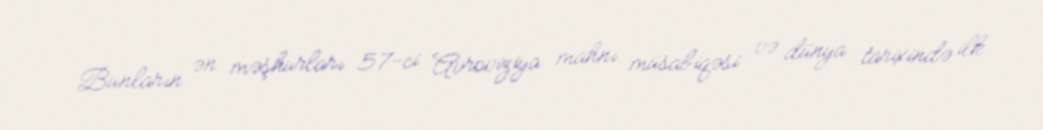
Bunların ən məşhurları 57-ci Avroviziya mahnı müsabiqəsi və dünya tarixində ilk